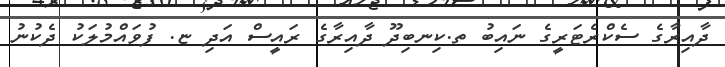
ދާއިރާގެ ސެކްރެޓަރީގެ ނައިބު ތ.ކިނބިދޫ ދާއިރާގެ ރައީސް އަދި ޏ. ފުވައްމުލަކު ދެކުނު